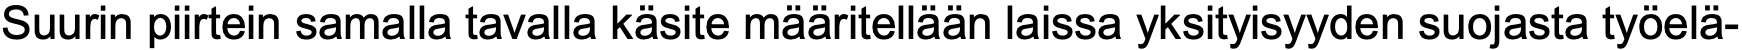
Suurin piirtein samalla tavalla käsite määritellään laissa yksityisyyden suojasta työelä-